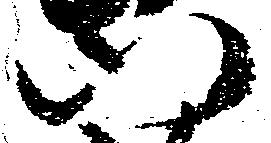
行